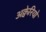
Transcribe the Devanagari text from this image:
अक्वेरियो